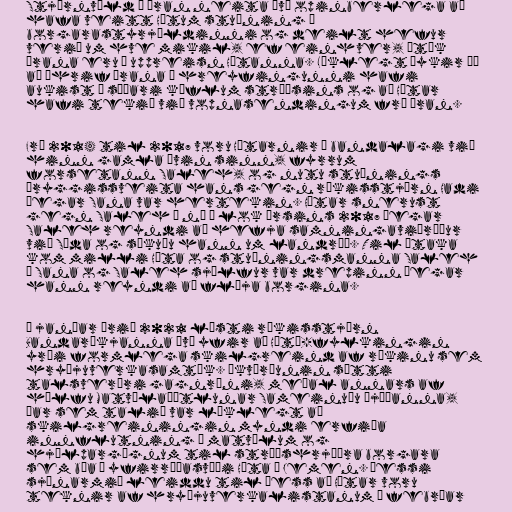
Stjórnvöld í Íran neita því opinberlega að
hafa veitt Hútum stuðning í
borgarastyrjöldinni og deilt hefur
verið um hve mikil, ef einhver, ítök
Írana eru í uppreisn Hútanna. Líklegt þykir þó
að áhrif Írana í hreyfingunni hafi
aukist á síðari köflum stríðsins og að Hútar
hafi tekið við vopnasendingum frá Íran.

Frá 2014 til 2017 voru Hútarnir í bandalagi við
hinn gamla óvin sinn, fyrrum
forsetann Saleh, og nutu stuðnings
öryggissveita hans gegn ríkisstjórn Hadi
þegar Sana var hertekin. Hútar snerust
gegn Saleh á ný í lok ársins 2017 þegar
Saleh reyndi að hefja samningaviðræður
við Sáda og sökuðu hann um landráð. Til átaka
kom milli Húta og stuðningsmanna Saleh
í Sana og Saleh sjálfur var drepinn þegar
hann reyndi að flýja borgina.

Í janúar árið 2021 lýsti ríkisstjórn
Bandaríkjanna því yfir að Hútí-fylkingin
yrði formlega skilgreind af ríkinu sem
hryðjuverkasamtök. Ákvörðunin sætti
talsverðri gagnrýni, meðal annars af
hálfu Matvælaáætlunar Sameinuðu þjóðanna,
þar sem talið var líklegt að
skilgreiningin myndi erfiða
innflutning á matvælum og
hjálpargögnum til stríðshrjáðra borgara
sem búa á yfirráðasvæði Húta í Jemen. Þessi
sjónarmið leiddu til þess að Hútar voru
teknir af hryðjuverkalistanum í febrúar